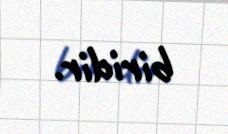
biridir.